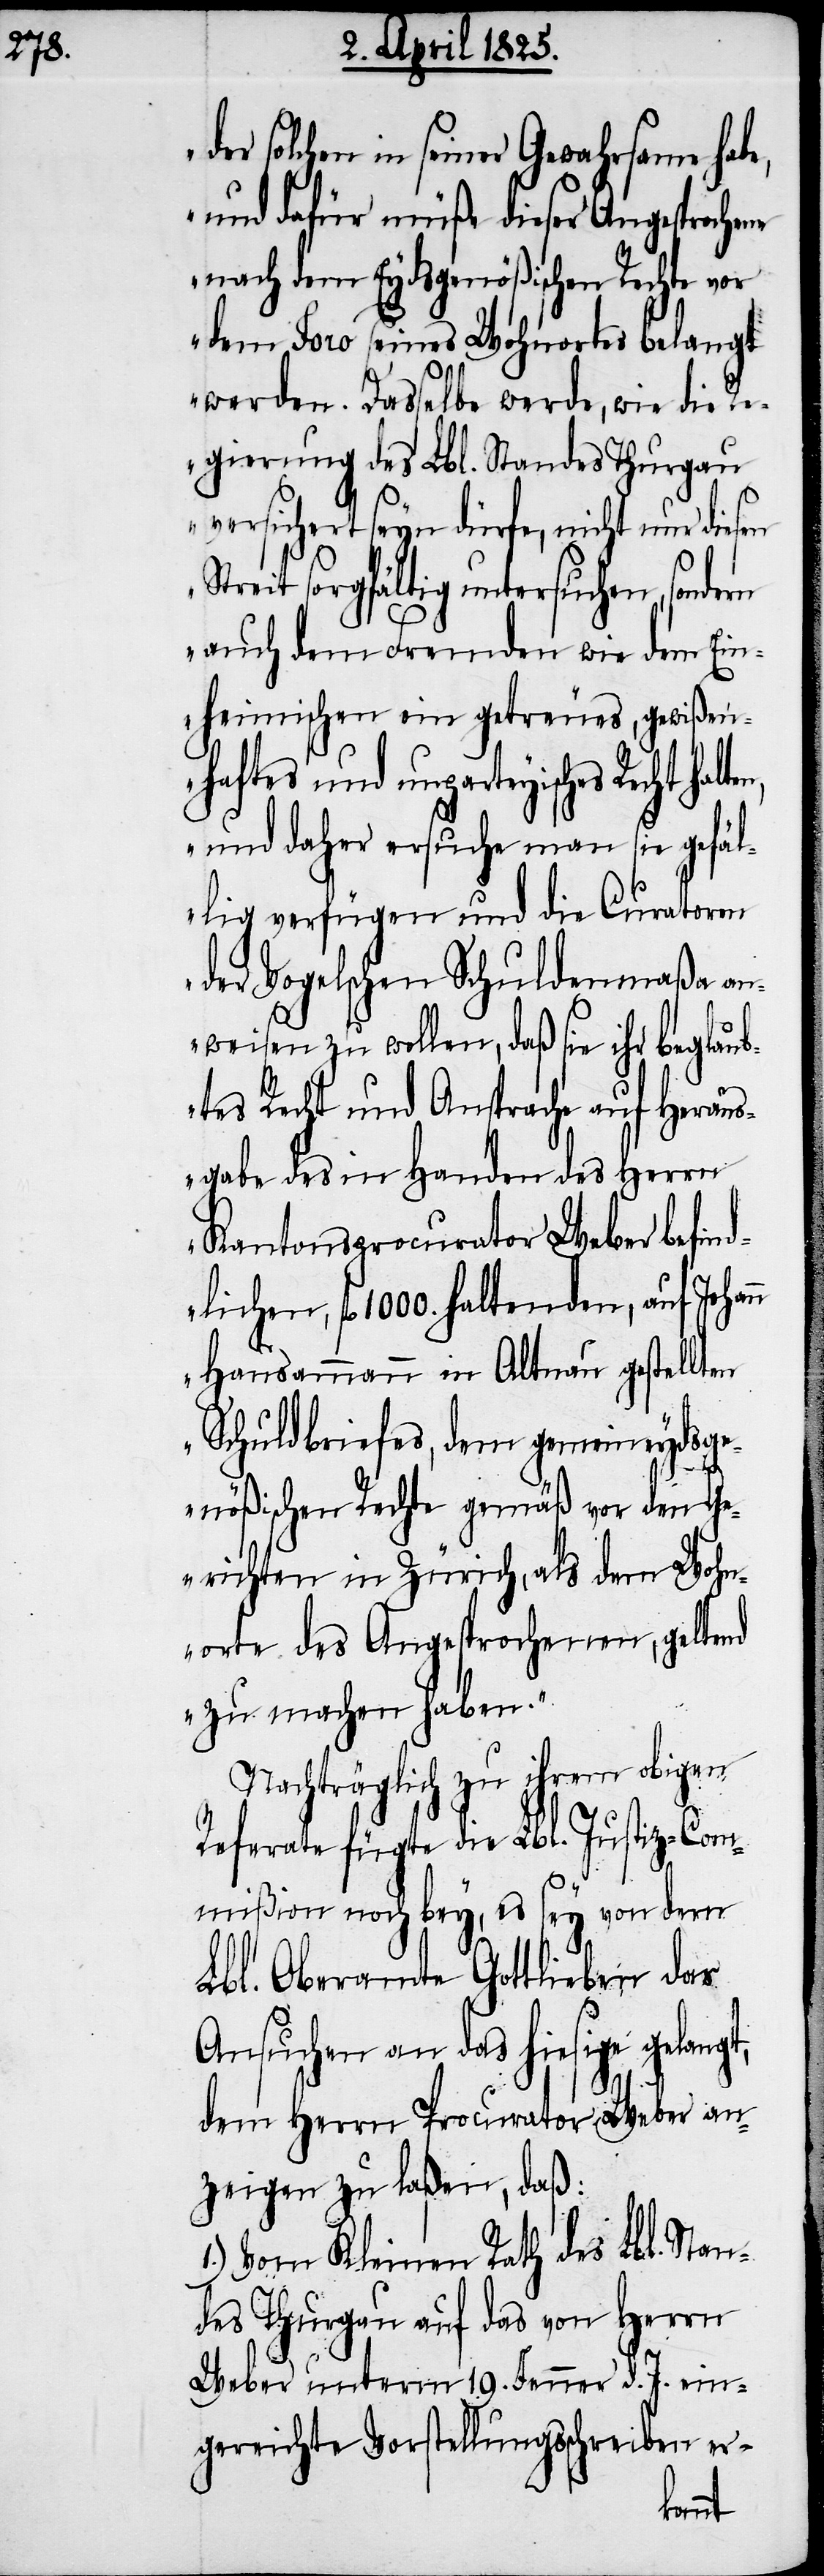
der solchen in seiner Gewahrsame hab¬
und dafür müße dieser Angesproche¬
nach dem Eydsgenößischen Rechte vor
dem Foro seines Wohnortes belangt
werden. Dasselbe werde, wie die R¬
egierung des Lbl. Standes Thurgau
versichert seyn dürfe, nicht nur diesen
Streit sorgfältig untersuchen, sondern
auch dem Fremden wie dem Ein¬
heimischen ein getreues, gewißen¬
haftes und unparteyisches Recht hal¬
und daher ersuche man sie gefäl¬
lig verfügen und die Curatoren
der Vogelschen Schuldenmaßa an¬
weisen zu wollen, daß sie ihr beglaub¬
tes Recht und Ansprache auf Heraus¬
gabe des in Handen des Herrn
Kantonsprocurator Weber befind¬
lichen, fl 1000. haltenden, auf Johann
Hausammann in Altnau gestellten
Schuldbriefes, dem gemeineydsge¬
nößischen Rechte gemäß vor den G¬
erichten in Zürich, als dem Wohn¬
orte des Angesprochenen, geltend
zu machen haben.“
Nachträglich zu ihrem obigen
Referate fügte die Lbl. Justiz-Com¬
mißion noch bey, es sey von dem
Lbl. Oberamte Gottlieben das
Ansuchen an das hiesige gelangt,
dem Herrn Procurator Weber an¬
zeigen zu laßen, daß:
1.) Vom Kleinen Rath des Lbl. Stan¬
des Thurgau auf das von Herrn
Weber unterm 19. Jenner d. J. ein¬
gereichte Vorstellungsschreiben er-
ten,